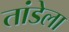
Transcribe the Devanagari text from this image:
तांडेला